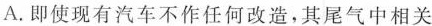
A.即使现有汽车不作任何改造，其尾气中相关